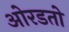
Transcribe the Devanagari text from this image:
ओरडतो